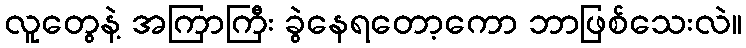
လူတွေနဲ့ အကြာကြီး ခွဲနေရတော့ကော ဘာဖြစ်သေးလဲ။